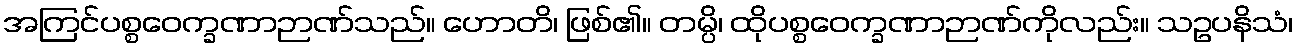
အကြင်ပစ္စဝေက္ခဏာဉာဏ်သည်။ ဟောတိ၊ ဖြစ်၏။ တမ္ပိ၊ ထိုပစ္စဝေက္ခဏာဉာဏ်ကိုလည်း။ သဥပနိသံ၊